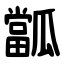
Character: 㼕